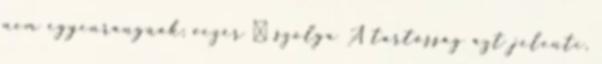
nem egyenrangúak; vezér  szolga A tartósság azt jelenti,